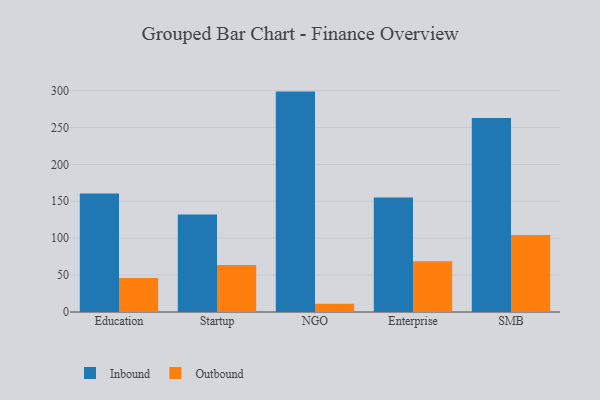
{"axis": {"x": "Segment", "y": "Active Users"}, "legend": ["Inbound", "Outbound"], "data": [{"x": "Education", "y": 160.5, "type": "Inbound"}, {"x": "Education", "y": 45.9, "type": "Outbound"}, {"x": "Startup", "y": 132.1, "type": "Inbound"}, {"x": "Startup", "y": 63.6, "type": "Outbound"}, {"x": "NGO", "y": 298.6, "type": "Inbound"}, {"x": "NGO", "y": 11.3, "type": "Outbound"}, {"x": "Enterprise", "y": 155.0, "type": "Inbound"}, {"x": "Enterprise", "y": 68.9, "type": "Outbound"}, {"x": "SMB", "y": 263.0, "type": "Inbound"}, {"x": "SMB", "y": 104.3, "type": "Outbound"}]}